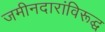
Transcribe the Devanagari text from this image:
जमीनदारांविरूद्घ